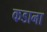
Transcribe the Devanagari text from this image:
कडाना